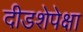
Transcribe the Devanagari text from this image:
दीडशेपेक्षा